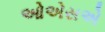
ઓએસએ